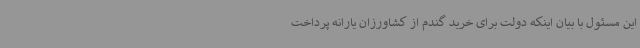
این مسئول با بیان اینکه دولت برای خرید گندم از کشاورزان یارانه پرداخت